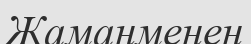
Жаманменен